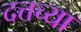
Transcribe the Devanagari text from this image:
दत्तच्या